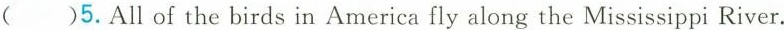
( )5.All of the birds in America fly along the Mississippi River.